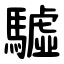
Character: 驉